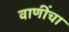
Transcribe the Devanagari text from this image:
वाणींचा